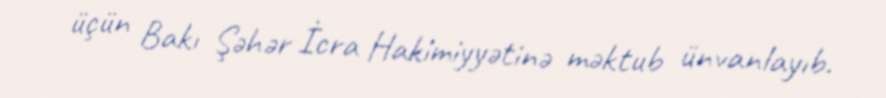
üçün Bakı Şəhər İcra Hakimiyyətinə məktub ünvanlayıb.